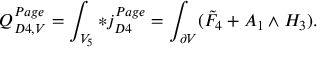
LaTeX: Q _ { D 4 , V } ^ { P a g e } = \int _ { V _ { 5 } } * j _ { D 4 } ^ { P a g e } = \int _ { \partial V } ( \tilde { F } _ { 4 } + A _ { 1 } \wedge H _ { 3 } ) .